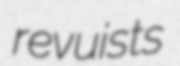
revuists